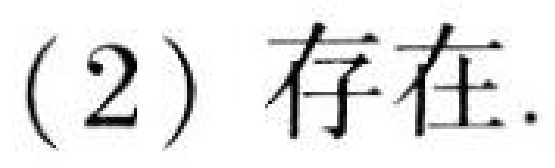
(2) 存在.